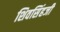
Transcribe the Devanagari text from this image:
शिवसिंहजी